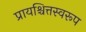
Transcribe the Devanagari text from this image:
प्रायश्चित्तस्वरूप